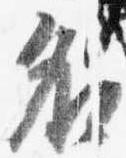
名